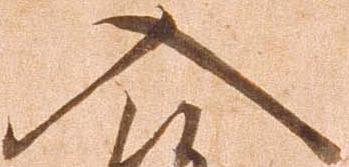
入